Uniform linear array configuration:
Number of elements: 24
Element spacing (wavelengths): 1
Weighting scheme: uniform
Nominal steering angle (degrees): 45
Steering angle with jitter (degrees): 44.519
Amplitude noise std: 0.05
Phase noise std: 0.05

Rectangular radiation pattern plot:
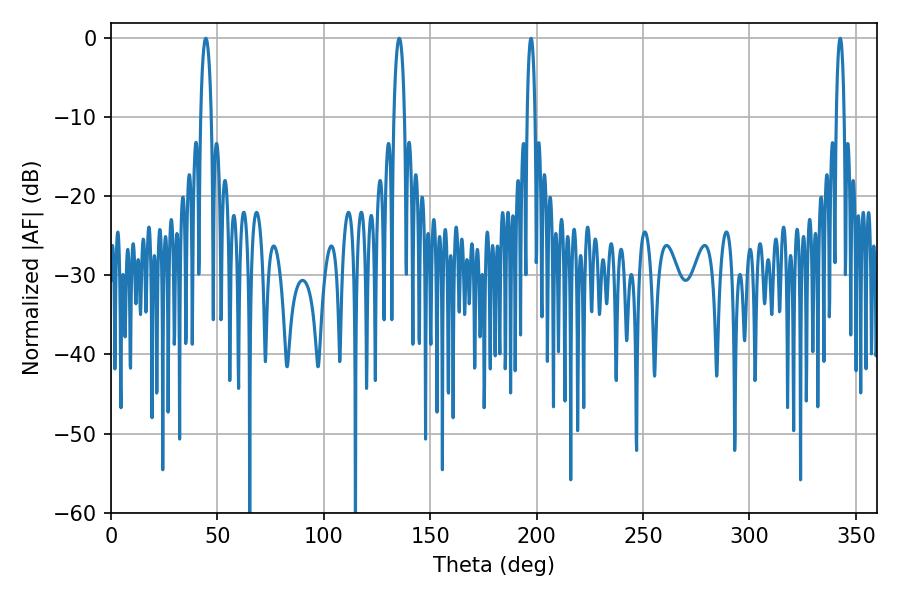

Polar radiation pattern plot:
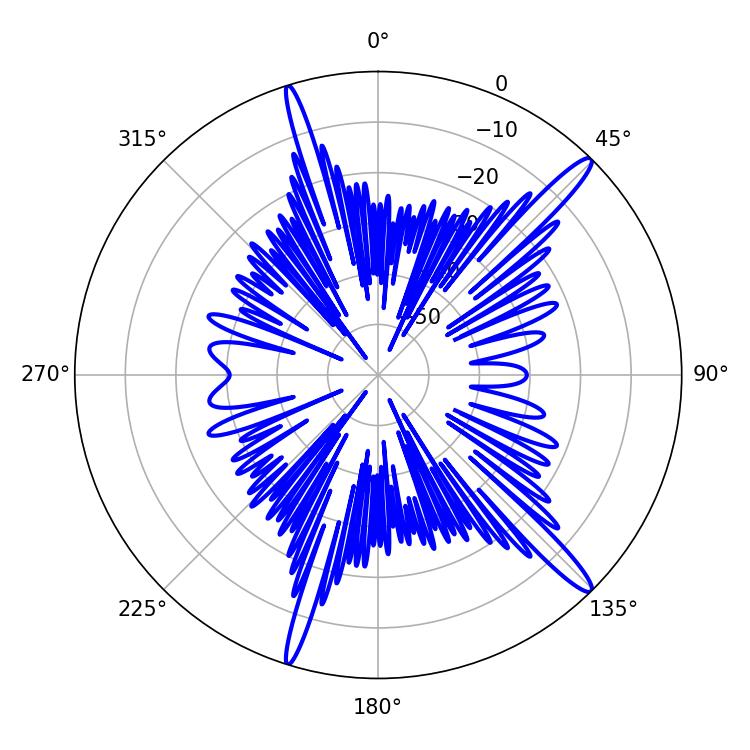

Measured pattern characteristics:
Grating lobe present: TRUE
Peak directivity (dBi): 15.633
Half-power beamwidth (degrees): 2.7
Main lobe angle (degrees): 44.64